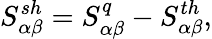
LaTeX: {S_{\alpha\beta}^{sh}=S_{\alpha\beta}^{q}-S_{\alpha\beta}^{th}},